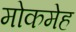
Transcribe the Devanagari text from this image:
मोकमेह